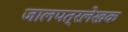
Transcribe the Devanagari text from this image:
जालपत्रले़खक